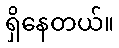
ရှိနေတယ်။